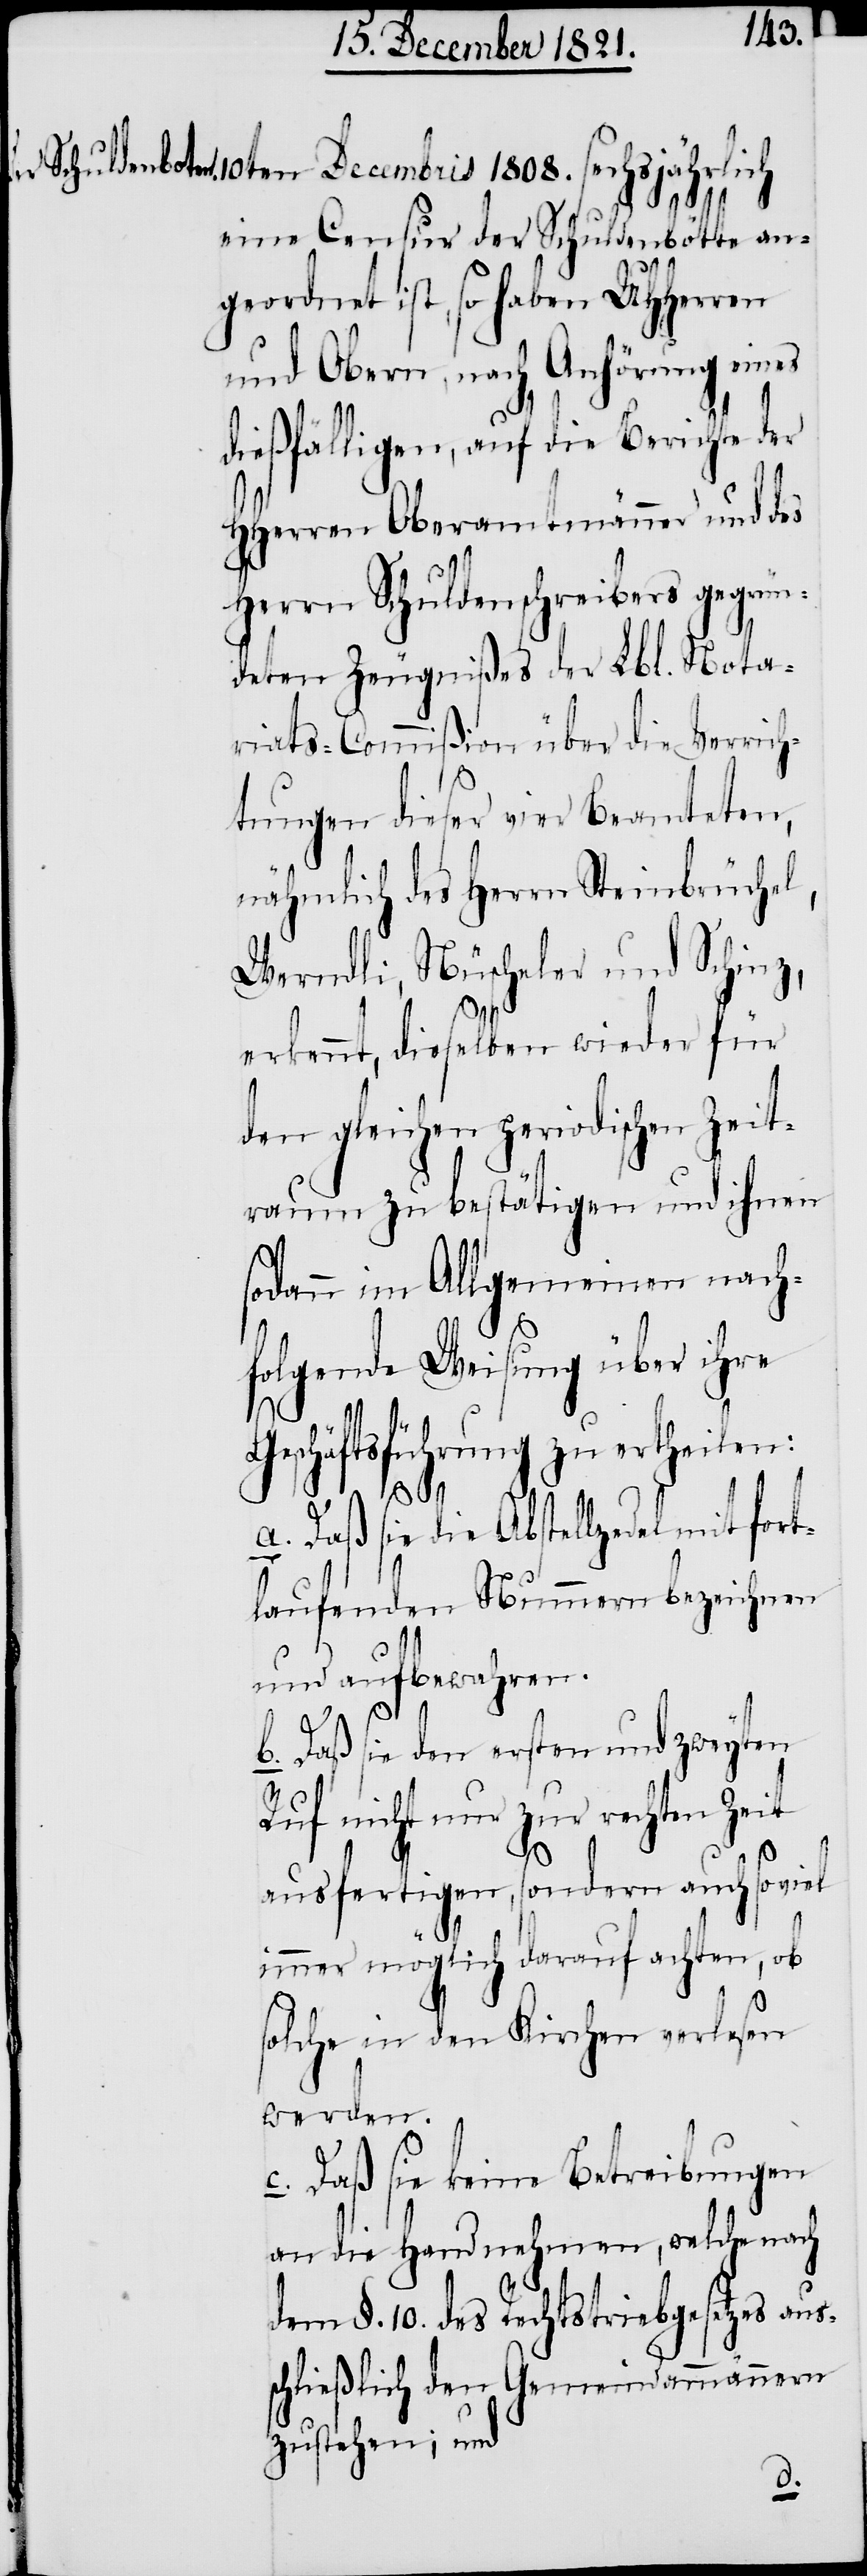
1808.
eine Censur der Schuldenbötte an¬
geordnet ist, so haben UHHerren
und Obern, nach Anhörung eines
dießfälligen, auf die Berichte der
HHerren Oberamtmänner und des
Herrn Schuldenschreibers gegrün¬
deten Zeugnißes der Lbl. Nota¬
riats-Commißion über die Verrich¬
tungen dieser vier Beamteten,
nähmlich des Herrn Steinbrüchel,
Werndli, Nüscheler und Schinz,
erkennt, dieselben wieder für
den gleichen periodischen Zeit¬
raum zu bestätigen und ihnen
sodann im Allgemeinen nach¬
folgende Weisung über ihre
Geschäftsführung zu ertheilen:
a. Daß sie die Abstellzedel mit
laufenden Nummern bezeichnen
s¬
und aufbewahren.
b. Daß sie den ersten und zweyten
Ruf nicht nur zur rechten Zeit
fort¬
ausfertigen, sondern auch soviel
immer möglich darauf achten, ob
solche in den Kirchen verlesen
werden.
c. Daß sie keine Betreibungen
an die Hand nehmen, welche nach
dem §. 10. des Rechtstriebgesetzes au¬
schließlich den Gemeindammännern
zustehen; und